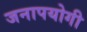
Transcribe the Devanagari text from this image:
जनापयोगी